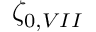
\zeta _ { 0 , V I I }